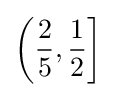
\left({\frac {2}{5}},{\frac {1}{2}}\right]